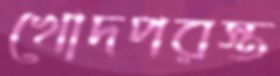
খোদপরস্ত